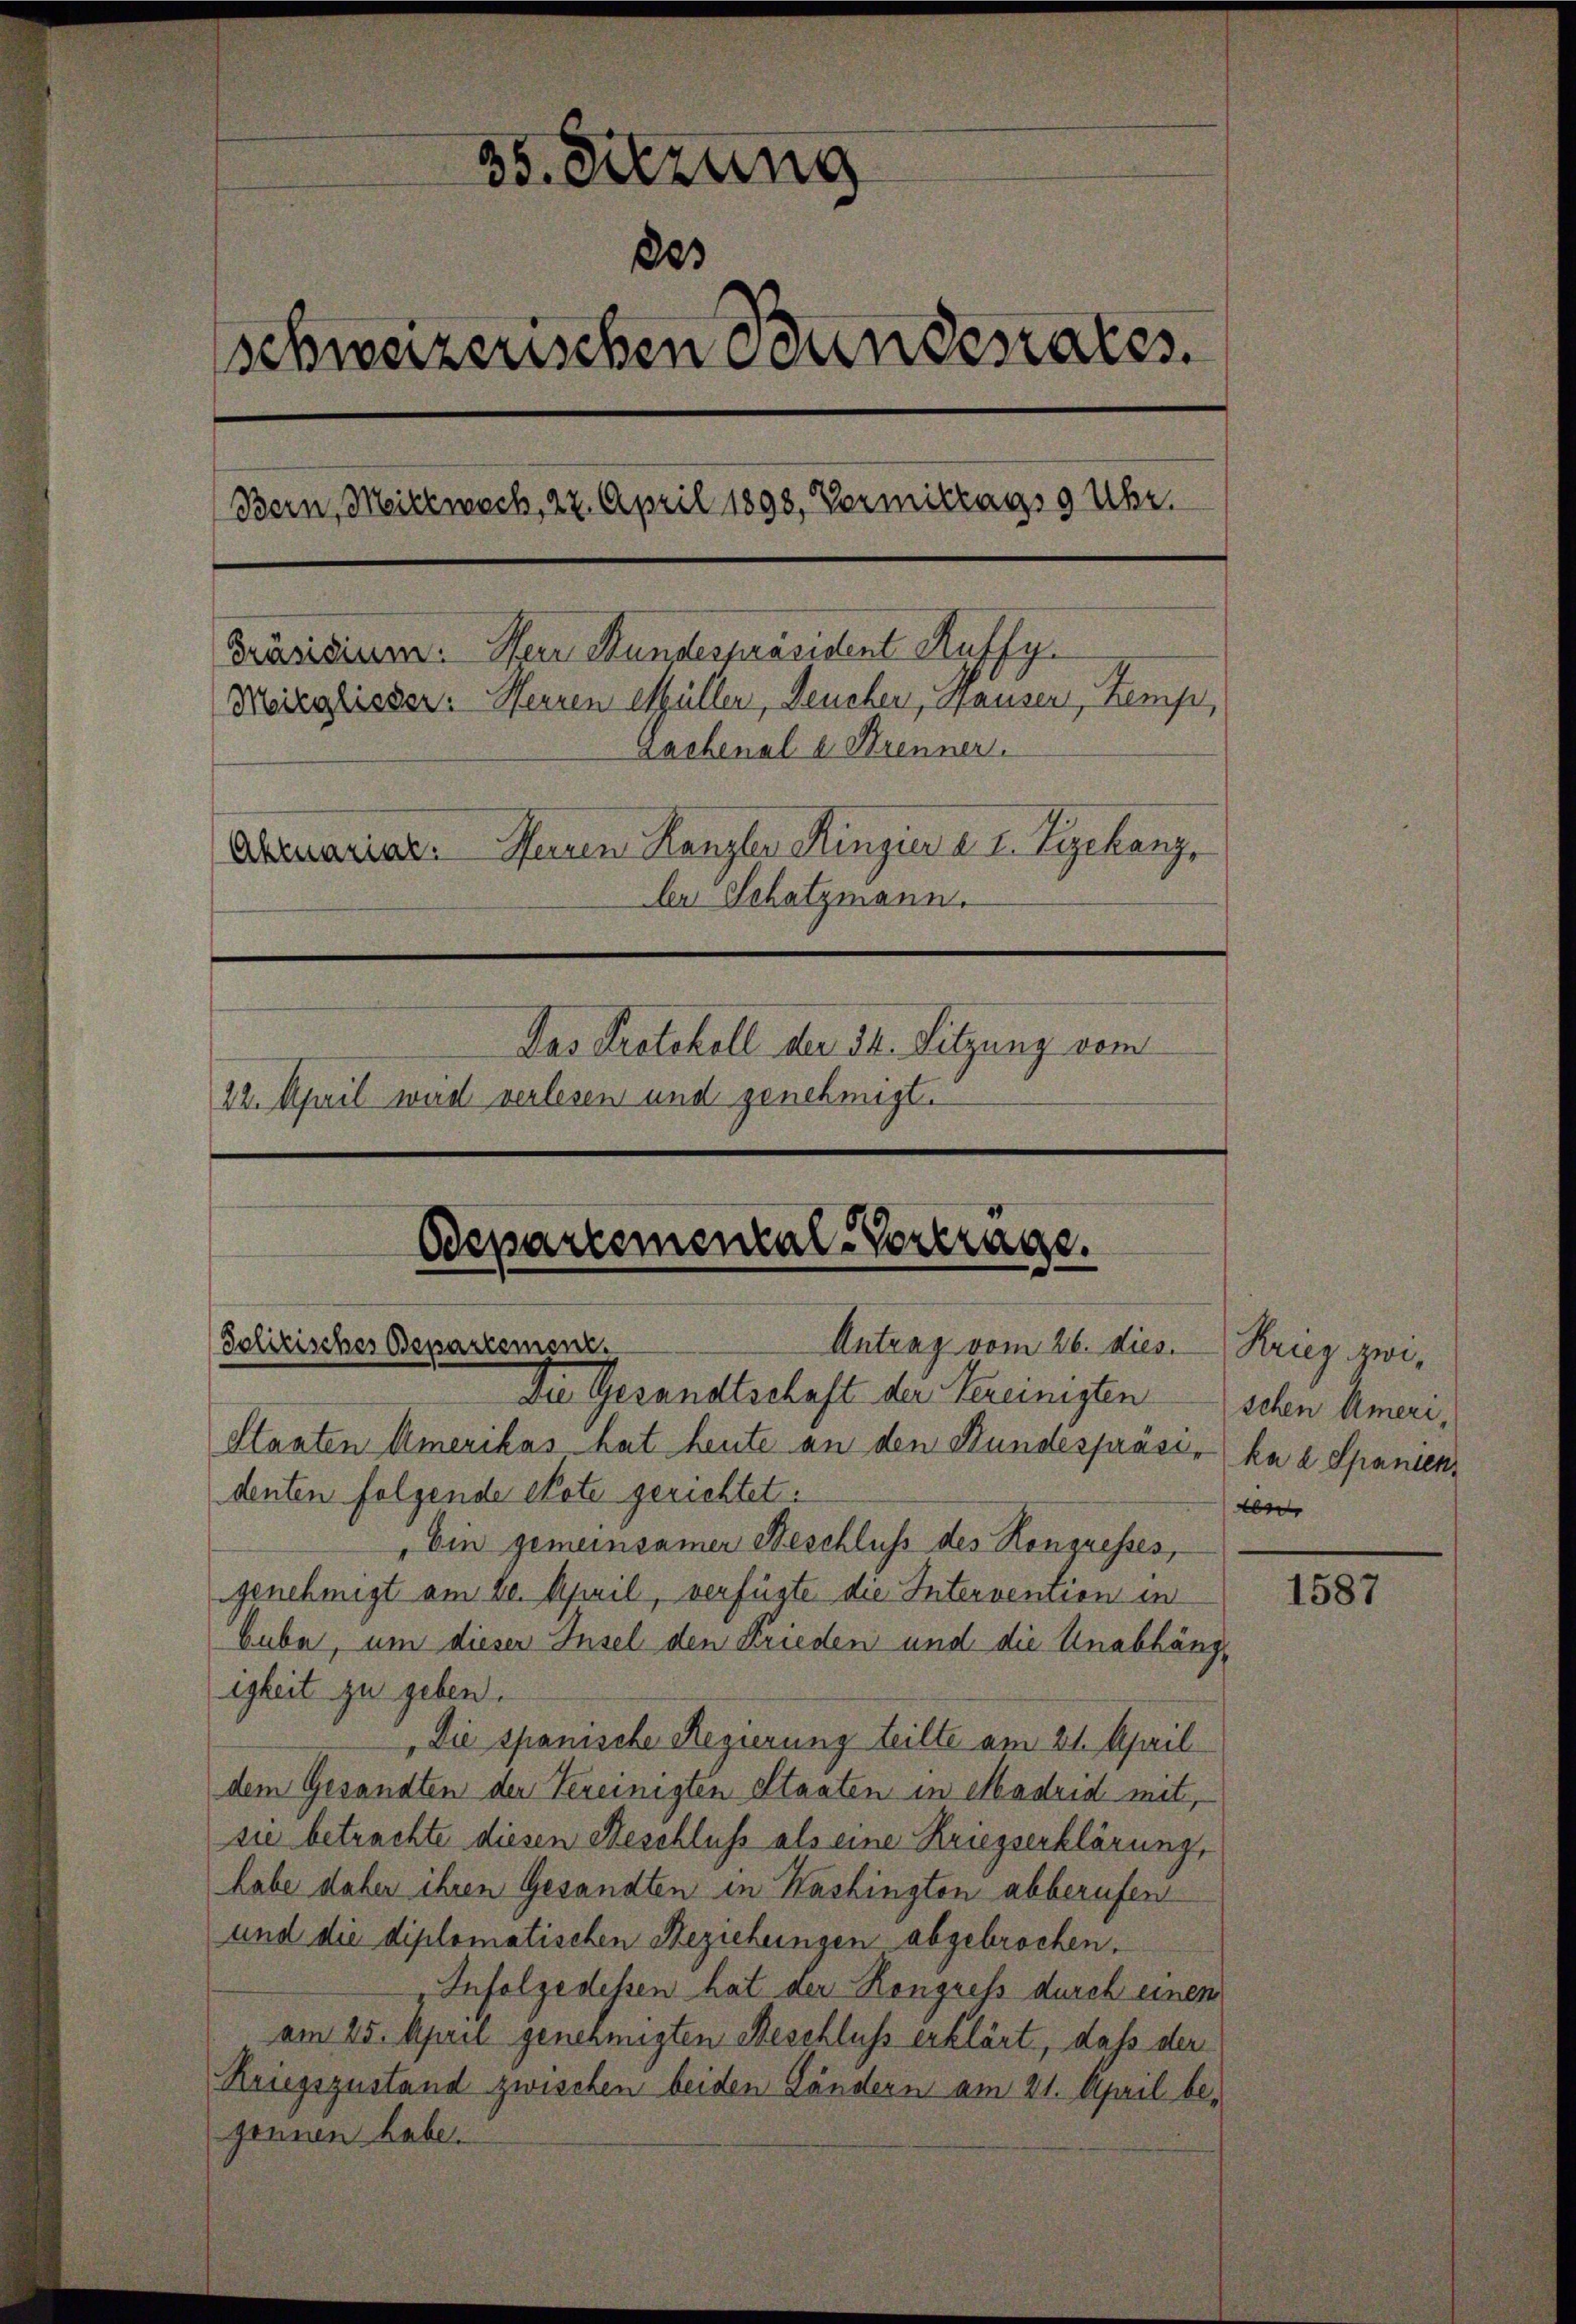
35. Sitzung
20
schweizerischen Bundesrates.
Bern, Meile woch, 22. April 1898, Vormittags 9 Uhr.
Präsidium. Herr Stundespräsident Auffy.
Meizglisser: Herren erfüller, Deucher, Hausen, Zemp,
Lachenal u. Krenner.
Herren Kanzler Ringier a. I. Segchanz
Aktuarial.
ler Schatzmann.
Das Protokoll der 34. Sitzung vom
22. April wird verlesen und genehmigt.

Bepartemental-Vertrage.
Polizisches Departement.
Antrag vom 26. dies.
Die Gesandtschaft der Vereinigten

Staaten Amerikas hat heute an den Bundespräsi- ka a Spanien,
denten folgende Note gerichtet.
Ein gemeinsamer Beschluss des Kongresses,
genehmigt am 20. April, verfügte die Intervention in
bube, um dieser Insel den Frieden und die Unabhängigkeit zu geben.
Die spanische Regierung teilte am 21. April
dem Gesandten der Vereinigten Staaten in Madrid mit,
sie betrachte diesen Beschluß als eine Kriegserklärung,
habe daher ihren Gesandten in Kashingten abberufen
und die diplomatischen Beziehungen abgebrochen.
Infolge dessen hat der Kongress durch einen
am 25. April genehmigten Beschluss erklärt, daß der
Kriegszustand zwischen beiden Ländern am 21. April be-
gennen habe.

Krieg zwischen Ameri
r

1587